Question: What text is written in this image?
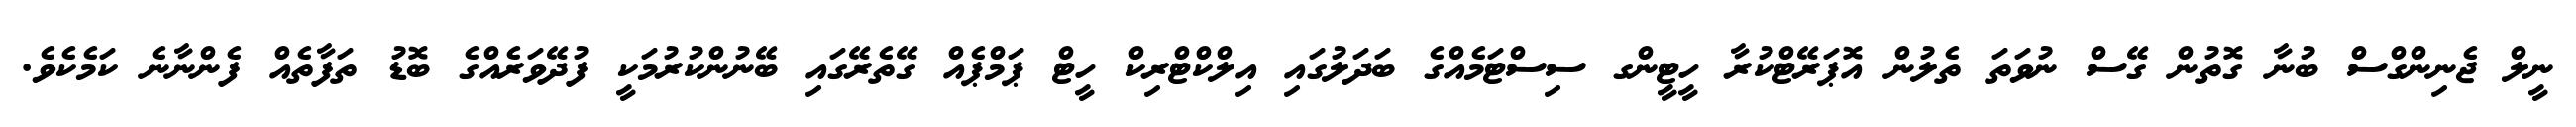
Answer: ނީލް ޖެނިންގްސް ބުނާ ގޮތުން ގޭސް ނުވަތަ ތެލުން އޮޕަރޭޓްކުރާ ހީޓީންގ ސިސްޓަމެއްގެ ބަދަލުގައި އިލްކްޓްރިކް ހީޓް ޕަމްޕެއް ގޭތެރޭގައި ބޭނުންކުރުމަކީ ފުދޭވަރެއްގެ ބޮޑު ތަފާތެއް ފެންނާނެ ކަމެކެވެ.